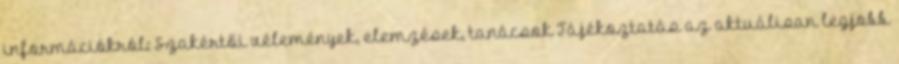
információkról: Szakértői vélemények, elemzések, tanácsok Tájékoztatás az aktuálisan legjobb